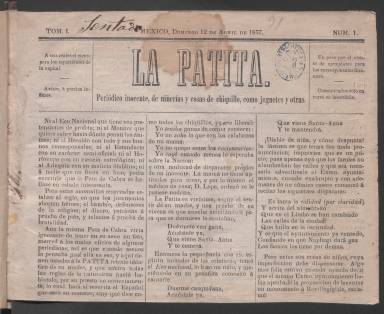
Título: La Patita (México)
Colección: Revistas infantiles
Ámbito geográfico: México
Lugar de publicación: México
Fechas: 12/04/1857-03/08/1857